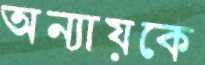
অন্যায়কে